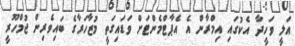
އަލީ ވަހީދާ އެކުގައި އިމްރާން އެ އެޕާޓްމެންޓަށް ވަޑައިގަތީ މުޒާހަރާގެ ބައިވެރިން ޖުމްހޫރީ